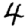
Digit: 4